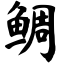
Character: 鲷